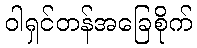
ဝါရှင်တန်အခြေစိုက်